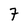
Character: 7